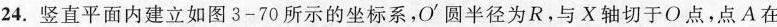
24.竖直平面内建立如图3-70所示的坐标系，O'圆半径为R，与X轴切于O点，点A在